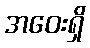
အဝေးရှိ